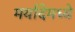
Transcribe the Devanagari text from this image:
मर्यादेमध्ये